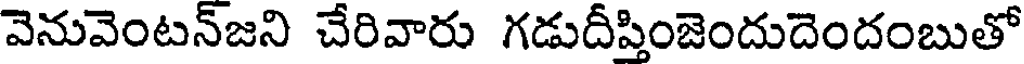
వెనువెంటన్జని చేరివారు గడుదీప్తింజెందుదెందంబుతో